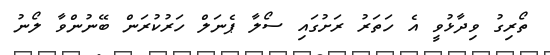
ތޯރިގު ވިދާޅުވީ އެ ހަތަރު ރަށުގައި ސޯލާ ޕެނަލް ހަރުކުރަން ބޭނުންވާ ލޯނު